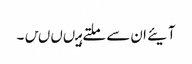
آیئے ان سے ملتے ہیںںںں۔